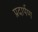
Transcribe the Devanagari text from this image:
प्रदार्पण